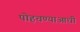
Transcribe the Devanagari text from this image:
पोहचण्याआधी